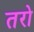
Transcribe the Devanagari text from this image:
तरो